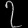
Digit: ၇